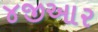
૪જીઆર